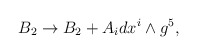
\begin{align*}B_2 \rightarrow B_2 + A_idx^i\wedge g^5,\end{align*}